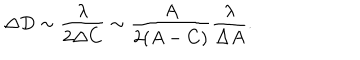
\Delta D \sim \frac { \lambda } { 2 \Delta C } \sim \frac { A } { 2 ( A - C ) } \frac { \lambda } { \Delta A } .